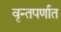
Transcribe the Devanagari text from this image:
वृन्तपर्णात